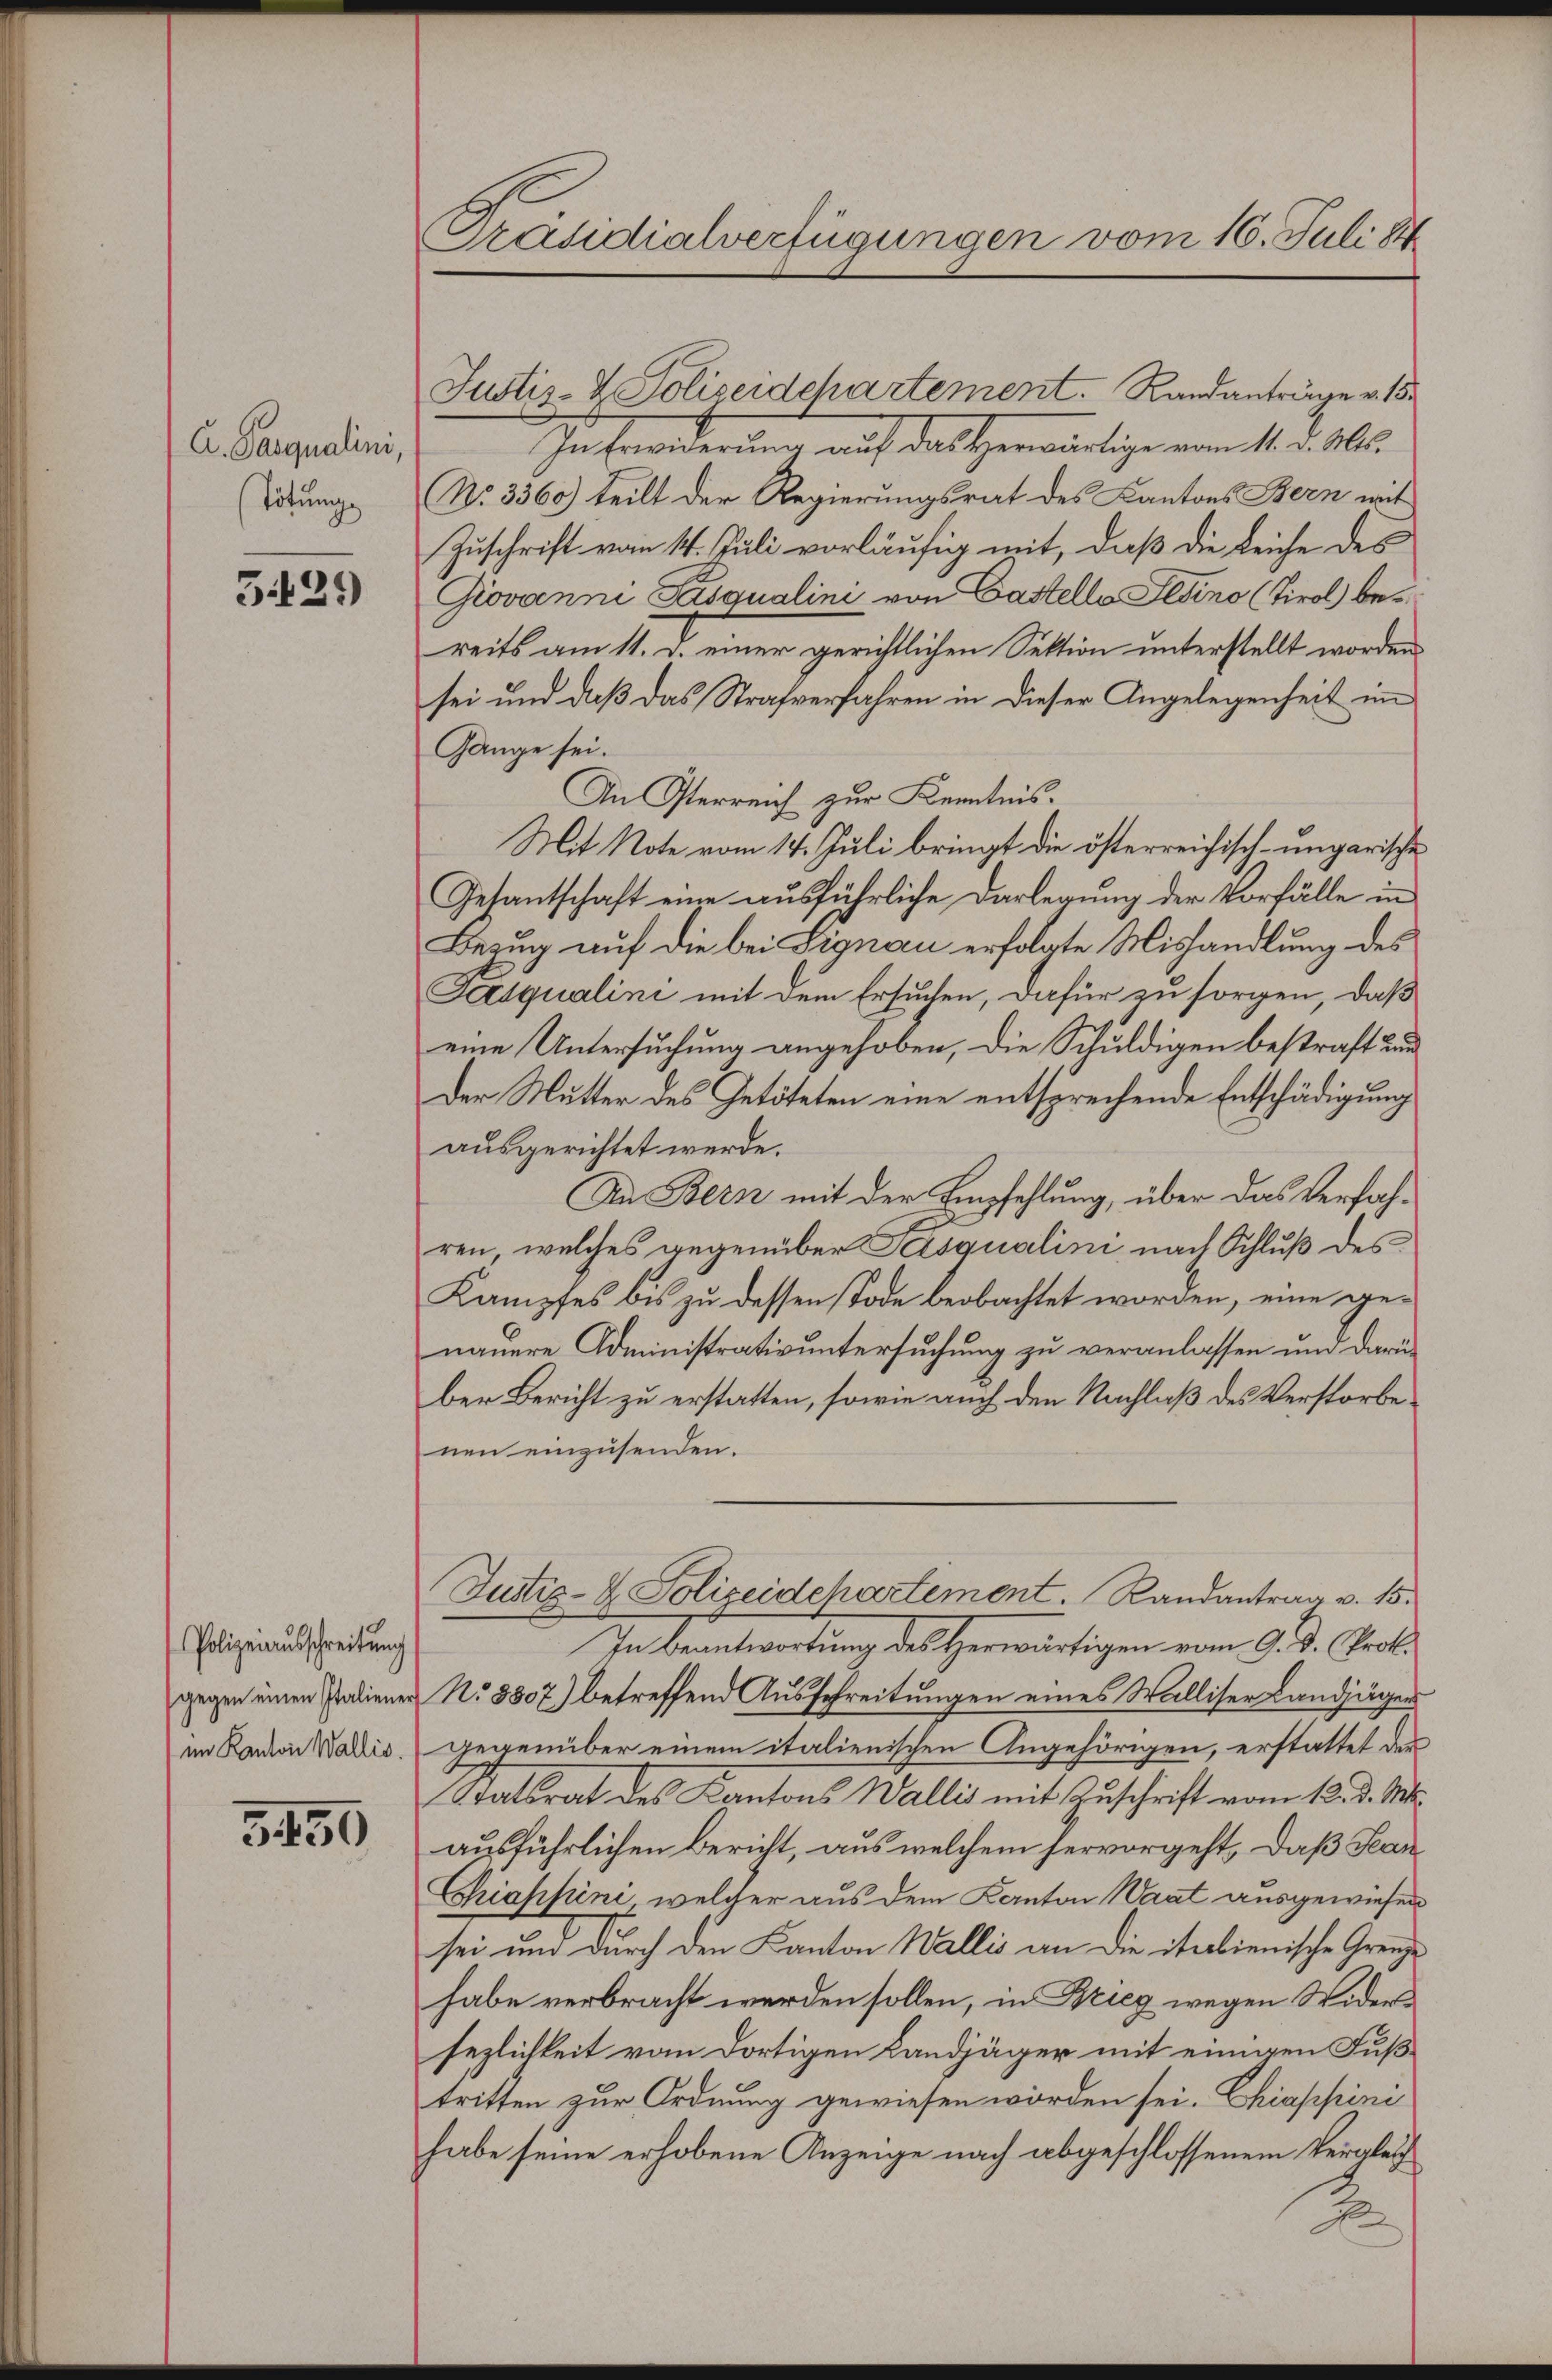
A. Parqualini,
Tötung

5439

Polizeiausschreitung
gegen einen Italiener
im Kanton Wallis.

3450

Präsidialverfügungen vom 16. Juli 1

Justiz- & Polizeidepartement. Randanträge v. 15

Intrinderung auf das erwärtige vom 11. d. 10.
No. 3360) teilt der Regierungsrat des Kantons Bern mit
Zuschrift vom 14. Juli vorläufig mit, daß die Leiche des
Giovanni Pasqualini von Gastelle Gesino (Tirol bereits am 11. d. einer gerichtlichen Sektion unterstellt worden
sei und daß das Strafverfahren in dieser Angelegenheit im
Gänge sei.
An Osterreich zur Kenntnis.
Mit Note vom 14. Juli bringt die österreichisch-ungarische
Getantschaft eine ausführliche Darlegung der Vorfälle inn
Bezug auf die bei Signau erfolgte Mishandlung des
Jsqualini mit dem Ersuchen, dafür zu sorgen, daß
eine Untersuchung angehoben, die Schuldigen bestraft und
Der Mutter des Getöteten eine entsprechende Entschädigung
ausgerichtet werde.
An Bern mit der Empfehlung, über das Verfahren, welches gegenüber Pasqualini, nach Schluß des
Kampfes bis zu dessen Tode beobachtet worden, eine genauere Administrativuntersuchung zu veranlassen und darü
ber Bericht zu erstatten, sowie auch den Nachlaß des Verstorbe
nen einzusenden.
Justiz- & Polizeidchartement. Randantrag v. 15.
In Beantwortung des Herwärtigen vom 9. d. Poli
No 8807) betreffend Ausschreitungen eines Walliser Landjäger
gegenüber einem italienischen Angehörigen, erstattet der
tatsrat des Kantons Wallis mit Zuschrift vom 12. d. Mts.
ausführlichen Bericht, aus welchem hervorgeht, daß Sean¬
Chiappini welcher aus dem Kanton Waat ausgewiesen
sei und durch den Kanton Wallis an die italienische Grenze
habe verbracht werden sollen, in Krieg wegen Widersezlichkeit vom dortigen Landjäger mit einigen Fußtritten zur Ordnung gewiesen worden sei. Chiappini
habe seine erhobene Anzeige nach abgeschlossenem Vergleic
F